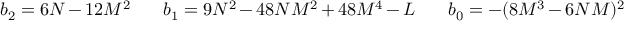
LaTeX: b _ { 2 } = 6 N - 1 2 M ^ { 2 } \ \ \ \ \ \ b _ { 1 } = 9 N ^ { 2 } - 4 8 N M ^ { 2 } + 4 8 M ^ { 4 } - L \ \ \ \ \ \ b _ { 0 } = - ( 8 M ^ { 3 } - 6 N M ) ^ { 2 }